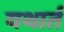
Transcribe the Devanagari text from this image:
यथार्त